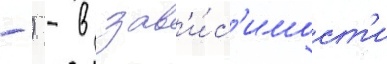
-) - в зав'и́с'имост'и